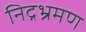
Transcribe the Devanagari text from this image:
निद्रभ्रमण